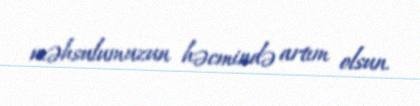
məhsulumuzun həcmində artım olsun.